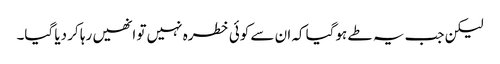
لیکن جب یہ طے ہوگیا کہ ان سے کوئی خطرہ نہیں تو انھیں رہا کر دیا گیا۔